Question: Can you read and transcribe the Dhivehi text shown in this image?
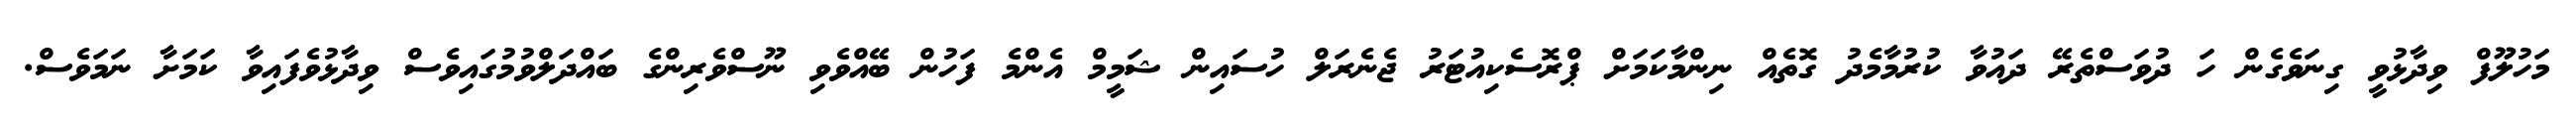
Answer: މަހުލޫފް ވިދާޅުވީ ގިނަވެގެން ހަ ދުވަސްތެރޭ ދައުވާ ކުރުމާމެދު ގޮތެއް ނިންމާކަމަށް ޕްރޮސެކިއުޓަރު ޖެނެރަލް ހުސައިން ޝަމީމް އެންމެ ފަހުން ބޭއްވެވި ނޫސްވެރިންގެ ބައްދަލްވުމުގައިވެސް ވިދާޅުވެފައިވާ ކަމަށާ ނަމަވެސް.